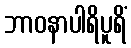
ဘာဝနာပါရိပူရိံ